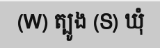
(W) ត្បូង (S) ឃុំ